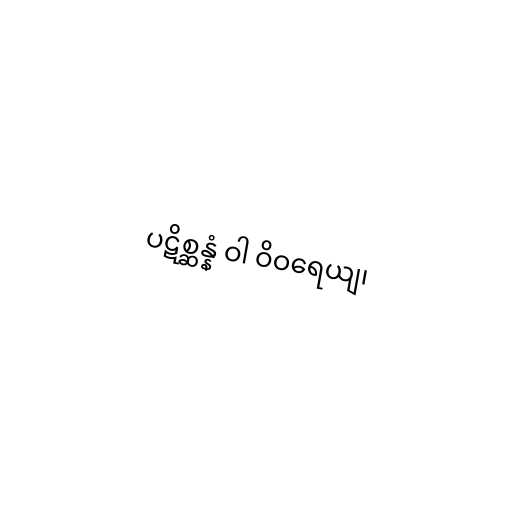
ပဋိစ္ဆန္နံ ဝါ ဝိဝရေယျ၊